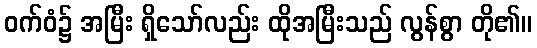
ဝက်ဝံ၌ အမြီး ရှိသော်လည်း ထိုအမြီးသည် လွန်စွာ တို၏။